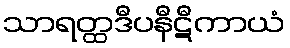
သာရတ္ထဒီပနီဋီကာယံ